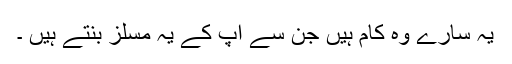
یہ سارے وہ کام ہیں جن سے آپ کے یہ مسلز بنتے ہیں ۔